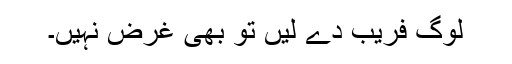
لوگ فریب دے لیں تو بھی غرض نہیں۔